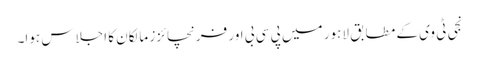
نجی ٹی وی کے مطابق لاہور میں پی سی بی اور فرنچائزز مالکان کا اجلاس ہوا۔